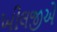
ખીલજીએ